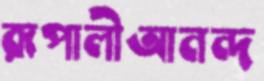
রূপালীআনন্দ